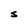
Character: s